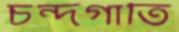
চন্দগাতি